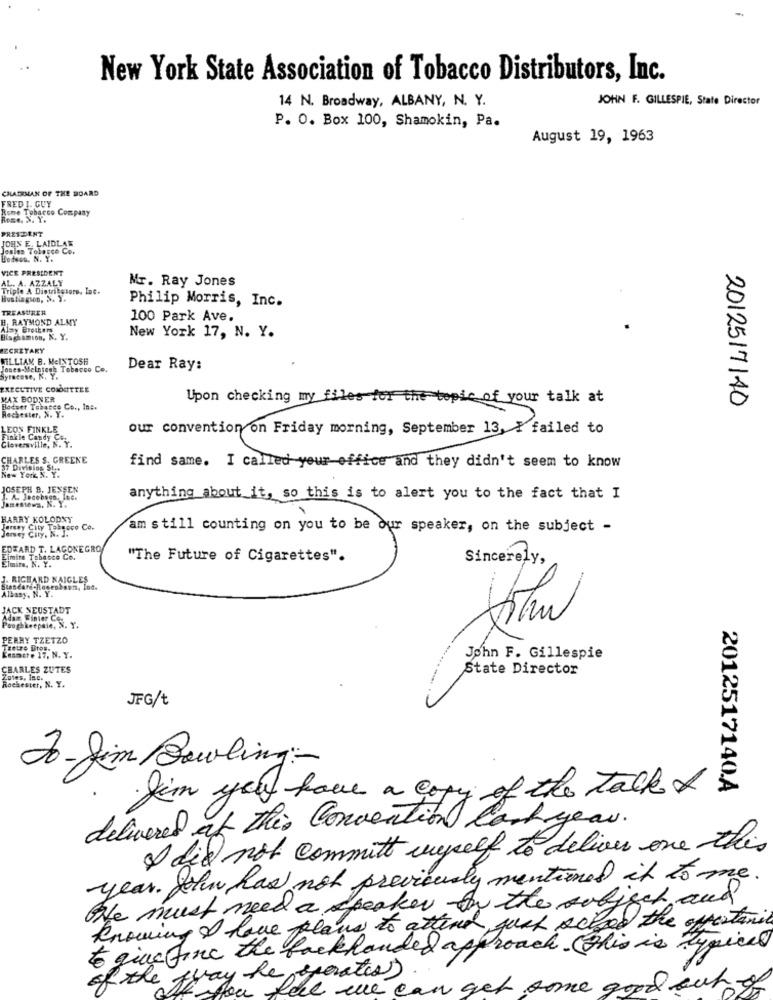
New York State Association of Tobacco Distributors, Inc.
14 N. Broadway, ALBANY, N. Y.
JOHN F. GILLESPIE, State Director
P. O. Box 100, Shamokin, Pa.
August 19, 1963
CHAIRMAN OF THE BOARD
FRED I. GUY
Rome Tobacco Company
Rose, N. Y.
PRESIDENT
JOHN E. LAIDLAW
Jesien Tobosco Co.
Bodeos. N. Y.
VICE PRESIDENT
AL. A. AZZALY
Mr. Ray Jones
Triple A Distributors, Inc.
Hustingson, >. ).
TREASURER
Philip Morris, Inc.
B. RAYMOND ALNY
100 Park Ave.
Alsy Brothers
Binghamion, N. Y.
New York 17, N. Y.
SECRETARY
WILLIAM B. MCINTOSH
Jones-Melniegh Tobacco Co.
Dear Ray:
Syracuse, N. Y.
EXECUTIVE COMOETTEE
MAX BODNER
Upon checking my files for the topic of your talk at
Bodset Tobacco Co ., In :.
Rochester, N. Y.
2012517140
LEON FINKLE
our convention on Friday morning, September 13, I failed to
Finkle Candy Cor.
Gloversville, N. Y.
CHARLES S. GREENE
find same. I called your office and they didn't seem to know
New York N.
JOSEPH B. JENSEN
Jamestown, N. Y.
anything about it, so this is to alert you to the fact that I
HARRY KOLODNY
Forany City Tabacco Co.
Jener City, N. J.
am still counting on you to be our speaker, on the subject -
EDWARD T. LAGONEGRO
Eimire Tobacco Co.
Elmins, N. Y.
"The Future of Cigarettes".
Sincerely,
J. RICHARD NAIGLES
Albany, N. Y.
JACK NEUSTADT
Adam Finter Co.
Poughkeepsie, N. Y.
PERHY TZETZO
Tzetre Bros.
Kesmete 17, N. Y.
John F. Gillespie
CHARLES ZUTES
State Director
Lotes, inc.
Rochester, N. Y.
JFG/t
Jo- Jim Bowling :-
I'm you have a copy of the talk &
2012517140.A
delivered of this Convention last year.
I did not commit unpelf to deliver one this
year. John has not previously mentioned it to me.
The must need a speaker on the subject and
knowing I have plans to attinel qual school the opportunity
to give fine the backhanded approach. This is typical)
of the fray he operates)
e we can get
some good out of